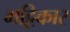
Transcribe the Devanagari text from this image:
भट्टिकार